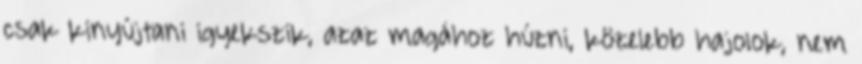
csak kinyújtani igyekszik, azaz magához húzni, közelebb hajolok, nem